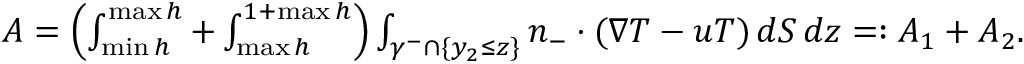
\begin{array} { r } { A = \left( \int _ { \operatorname* { m i n } h } ^ { \operatorname* { m a x } h } + \int _ { \operatorname* { m a x } h } ^ { 1 + \operatorname* { m a x } h } \right) \int _ { \gamma ^ { - } \cap \{ y _ { 2 } \leq z \} } n _ { - } \cdot ( \nabla T - u T ) \, d S \, d z = : A _ { 1 } + A _ { 2 } . } \end{array}